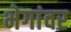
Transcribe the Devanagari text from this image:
भेगांवर